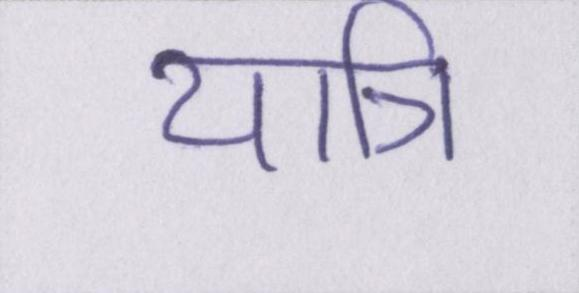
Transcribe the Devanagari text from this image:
यात्रि